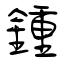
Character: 鍾